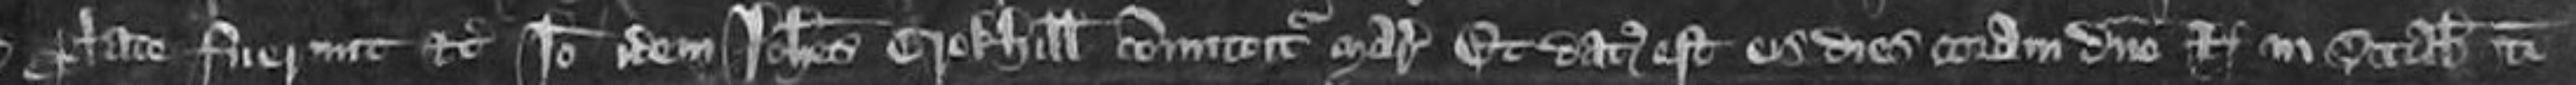
prolate fuerunt etc Ideo idem Johannes Crokhill commitetur marschalsie Et datus est eis dies coram domino Regi in Octabis Sancti